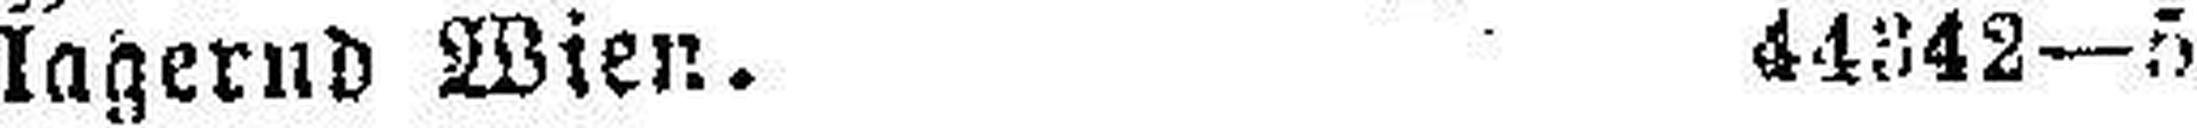
lagernd Wien. 44342—5